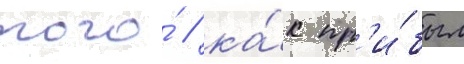
того́ / ка́к пр'и́был